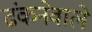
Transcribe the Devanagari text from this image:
ढंकनेवाले